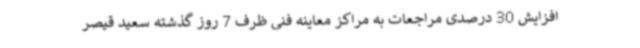
افزایش 30 درصدی مراجعات به مراکز معاینه فنی ظرف 7 روز گذشته سعید قیصر